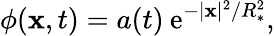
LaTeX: \phi({\mathbf x},t)=a(t)\: \mathrm{e}^{-|{\mathbf x}|^{2}/R_{*}^{2}},